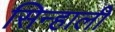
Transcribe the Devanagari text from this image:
सिन्हाली